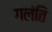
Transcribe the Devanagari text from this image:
गलंति